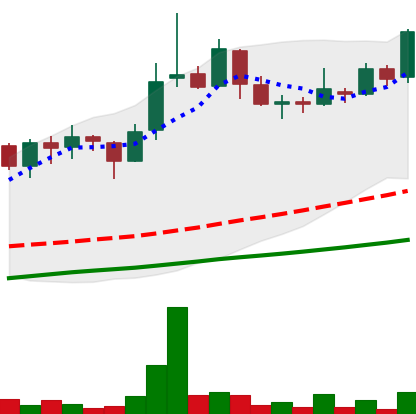
Ticker: LINK-USD
Chart end date: 2018-11-12
Forward return: -13.802%
Label: down_7plus